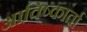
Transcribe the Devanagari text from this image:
आविष्कार्ता